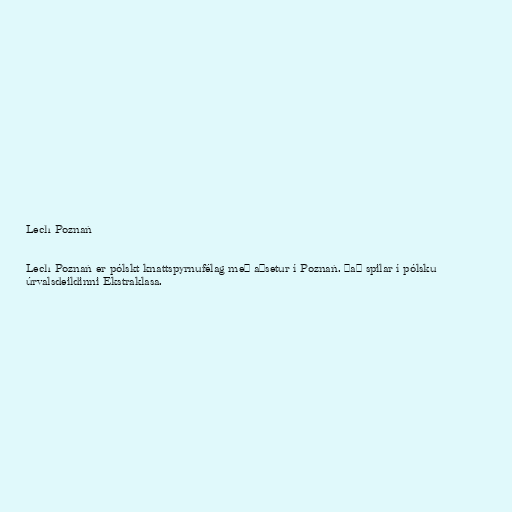
Lech Poznań

Lech Poznań er pólskt knattspyrnufélag með aðsetur í Poznań. Það spilar í pólsku
úrvalsdeildinni Ekstraklasa.